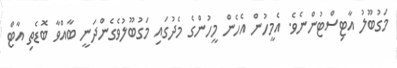
މަގުބޫލު އާޓިސްޓުންނެވެ. އެމީހުން އެހެން މީހުންގެ މެދުގައި މަގުބޫލުވެގެންދަނީ ބާއްވާ ބޮޑެތި އާޓް